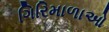
ગિરિમાળાઓ